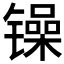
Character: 𲈞